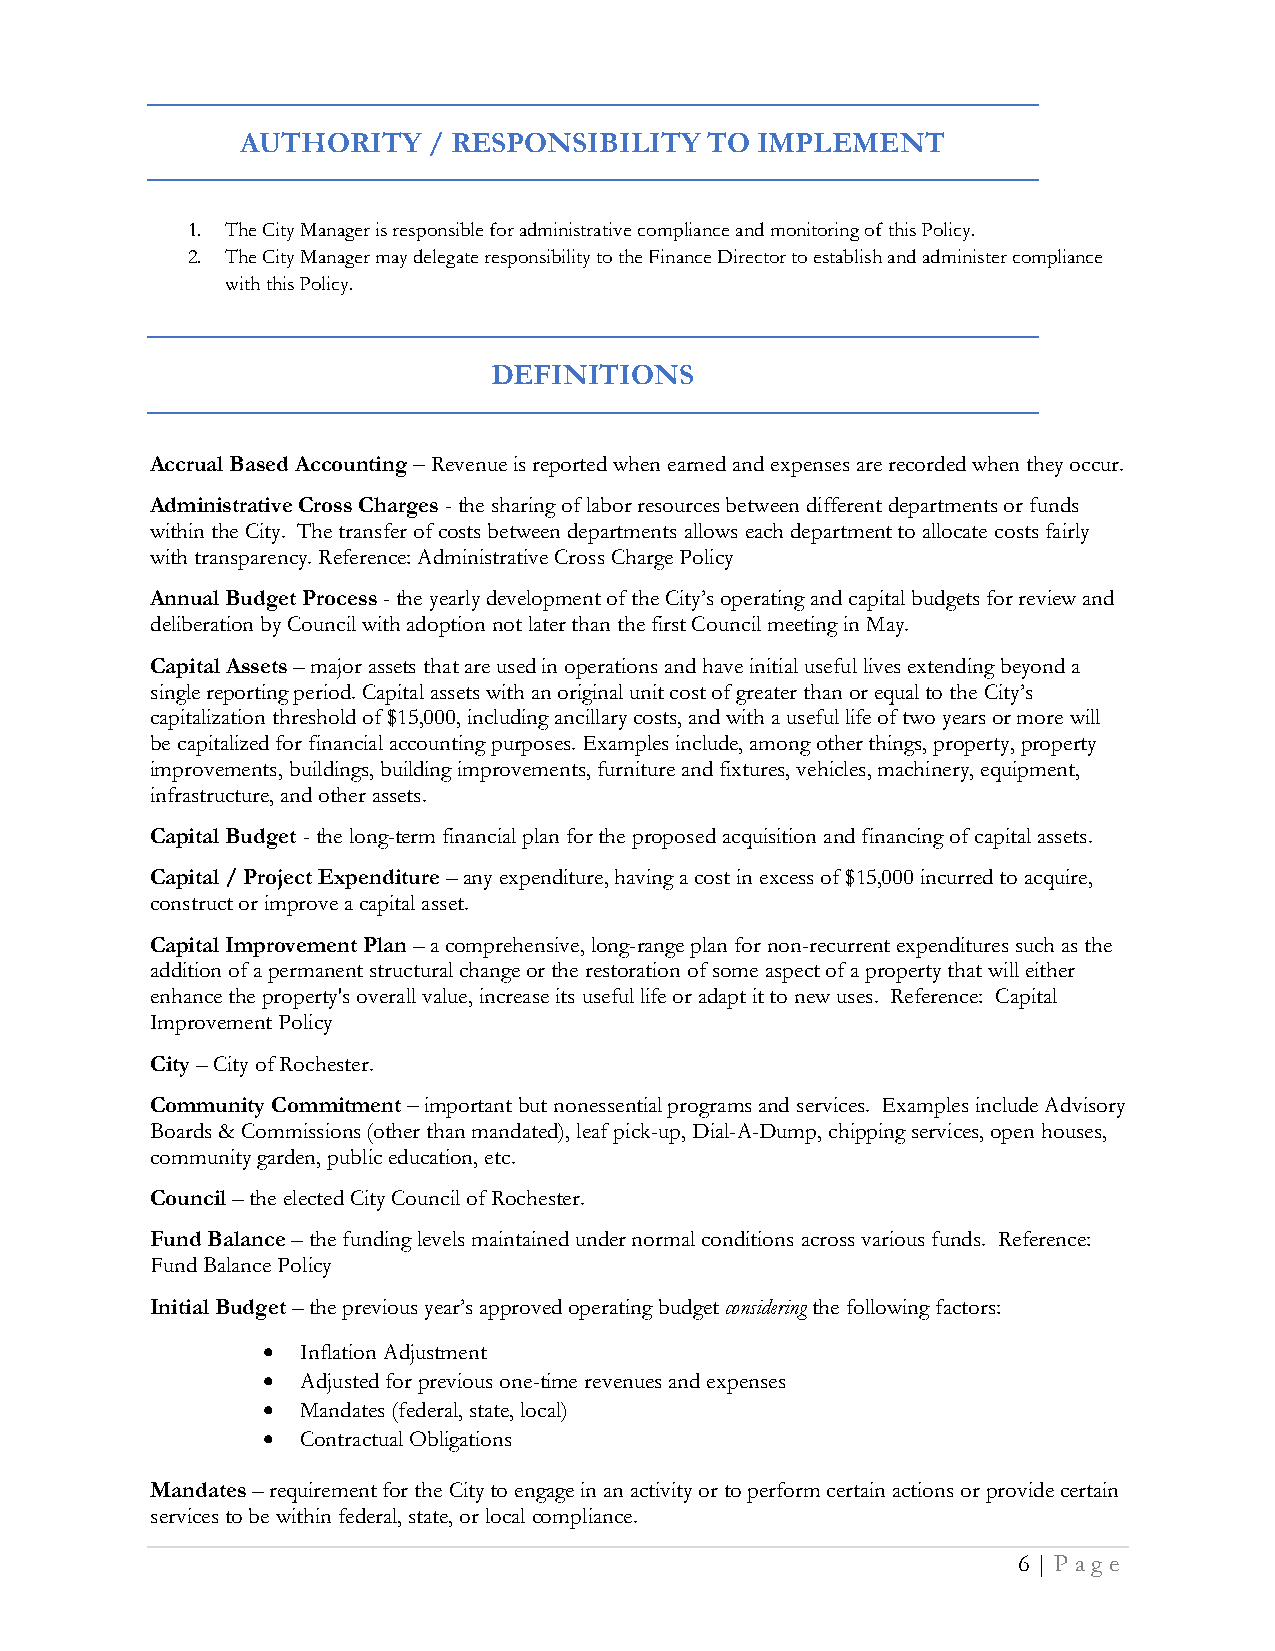
AUTHORITY   / RESPONSIBILITY   TO IMPLEMENT
 1. The City Manager is responsible for administrative compliance and monitoring of this Policy.
 2. The City Manager may delegate responsibility to the Finance Director to establish and administer compliance
 with this Policy.
 DEFINITIONS
 Accrual Based Accounting – Revenue is reported when earned and expenses are recorded when they occur.
 Administrative Cross Charges - the sharing of labor resources between different departments or funds
 within the City. The transfer of costs between departments allows each department to allocate costs fairly
 with transparency. Reference: Administrative Cross Charge Policy
 Annual Budget Process - the yearly development of the City’s operating and capital budgets for review and
 deliberation by Council with adoption not later than the first Council meeting in May.
 Capital Assets – major assets that are used in operations and have initial useful lives extending beyond a
 single reporting period. Capital assets with an original unit cost of greater than or equal to the City’s
 capitalization threshold of $15,000, including ancillary costs, and with a useful life of two years or more will
 be capitalized for financial accounting purposes. Examples include, among other things, property, property
 improvements, buildings, building improvements, furniture and fixtures, vehicles, machinery, equipment,
 infrastructure, and other assets.
 Capital Budget - the long-term financial plan for the proposed acquisition and financing of capital assets.
 Capital / Project Expenditure – any expenditure, having a cost in excess of $15,000 incurred to acquire,
 construct or improve a capital asset.
 Capital Improvement Plan – a comprehensive, long-range plan for non-recurrent expenditures such as the
 addition of a permanent structural change or the restoration of some aspect of a property that will either
 enhance the property's overall value, increase its useful life or adapt it to new uses. Reference: Capital
 Improvement Policy
 City – City of Rochester.
 Community Commitment – important but nonessential programs and services. Examples include Advisory
 Boards & Commissions (other than mandated), leaf pick-up, Dial-A-Dump, chipping services, open houses,
 community garden, public education, etc.
 Council – the elected City Council of Rochester.
 Fund Balance – the funding levels maintained under normal conditions across various funds. Reference:
 Fund Balance Policy
 Initial Budget – the previous year’s approved operating budget considering the following factors:
 •  Inflation Adjustment
 •  Adjusted for previous one-time revenues and expenses
 •  Mandates (federal, state, local)
 •  Contractual Obligations
 Mandates – requirement for the City to engage in an activity or to perform certain actions or provide certain
 services to be within federal, state, or local compliance.
 6 | Pa g e